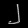
Digit: ၂